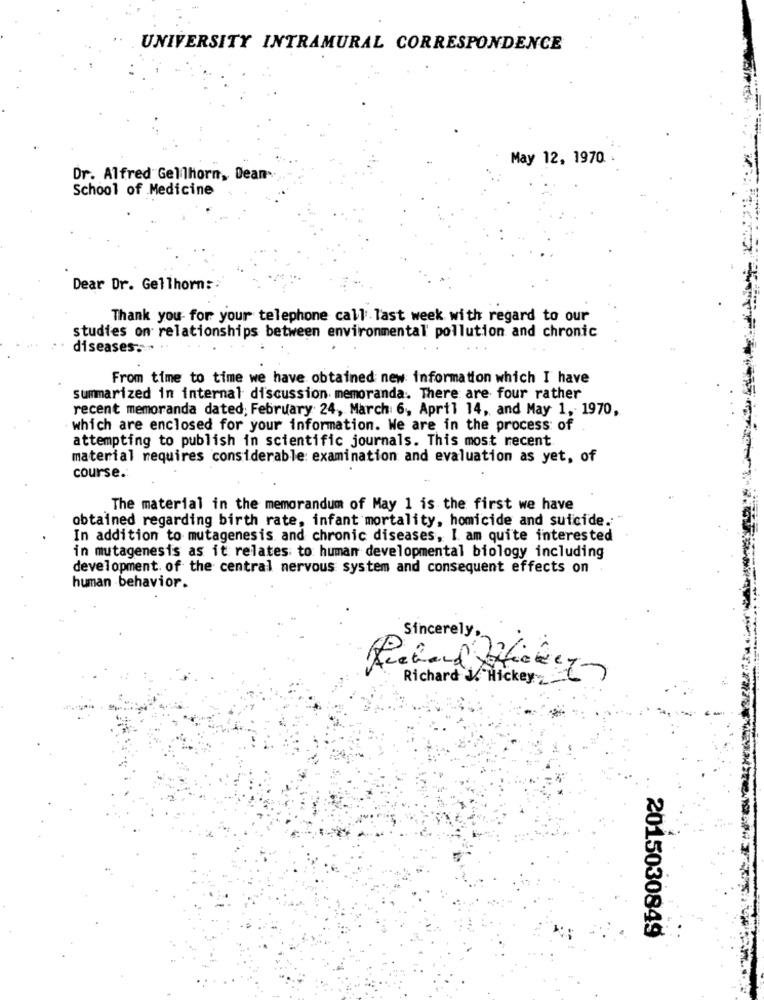
UNIVERSITY INTRAMURAL CORRESPONDENCE
May 12, 1970
Dr. Alfred Gellhorn, Dean-
School of Medicine
Dear Dr. Gellhorn ::
Thank you for your telephone call. last week with regard to our
studies on relationships between environmental pollution and chronic
diseases.
From time to time we have obtained new information which I have
summarized in internal discussion. memoranda. There are four rather
recent memoranda dated; February 24, March: 6, April 14, and May 1, 1970,
which are enclosed for your information. We are in the process of
attempting to publish in scientific journals. This most recent.
material requires considerable: examination and evaluation as yet, of
course.
The material in the memorandum of May 1 is the first we have
obtained regarding birth rate, infant mortality, homicide and suicide.
In addition to mutagenesis and chronic diseases, I am quite interested
in mutagenesis as it relates to human developmental biology including
development. of the central nervous system and consequent effects on
human behavior.
Sincerely,
2015030849